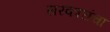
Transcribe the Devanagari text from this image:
सरकारांचा